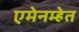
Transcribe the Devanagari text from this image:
एमेनम्हेत